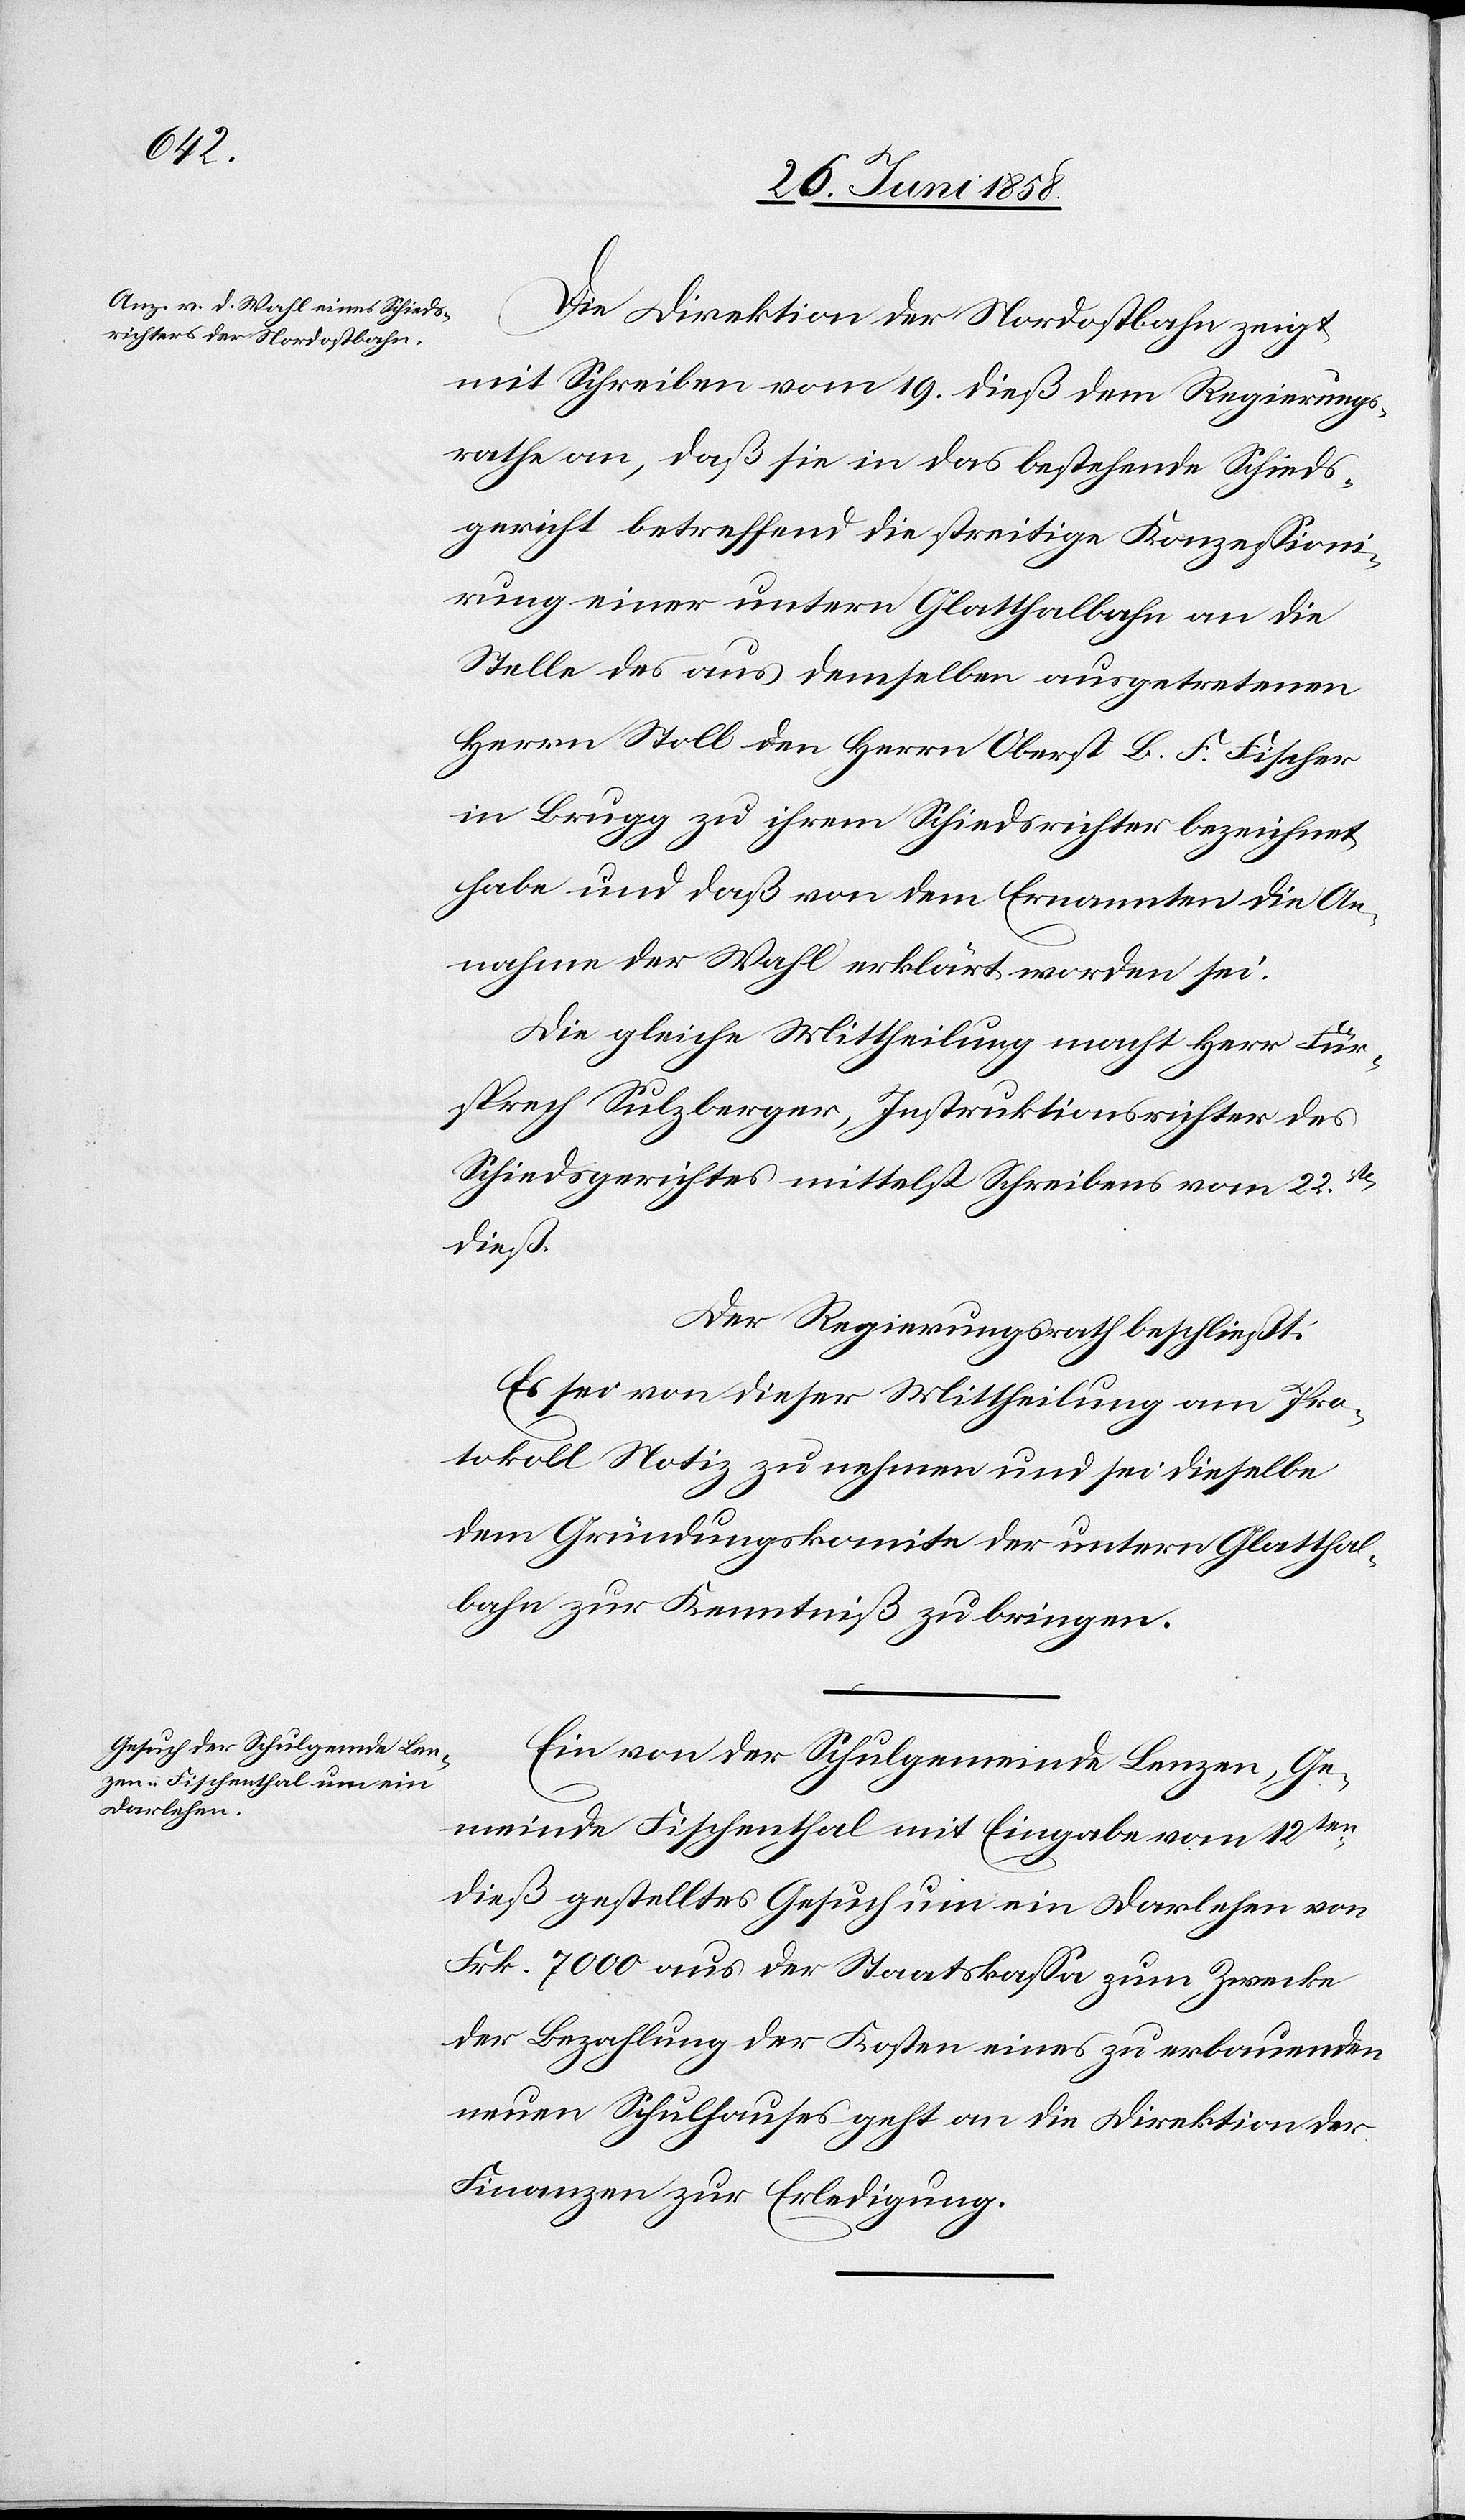
Die Direktion der Nordostbahn zeigt
mit Schreiben vom 19. dieß dem Regierungs¬
rathe an, daß sie in das bestehende Schieds¬
gericht betreffend die streitige Konzessioni¬
rung einer untern Glatthalbahn an die
Stelle des aus demselben ausgetretenen
Herrn Stoll den Herrn Oberst B. F. Fischer
in Brugg zu ihrem Schiedsrichter bezeichnet
habe und daß von dem Ernannten die An¬
nahme der Wahl erklärt worden sei.
Die gleiche Mittheilung macht Herr Für¬
sprech Sulzberger, Instruktionsrichter des
Schiedsgerichtes mittelst Schreibens vom 22t[en]
dieß.
Der Regierungsrath beschließt:
Es sei von dieser Mittheilung am Pro¬
tokoll Notiz zu nehmen und sei dieselbe
dem Gründungskomite der untern Glatthal¬
bahn zur Kenntniß zu bringen.
Ein von der Schulgemeinde Lenzen, Ge¬
meinde Fischenthal mit Eingabe vom 12ten
dieß gestelltes Gesuch um ein Darlehen von
Frk. 7000 aus der Staatskassa zum Zwecke
der Bezahlung der Kosten eines zu erbauenden
neuen Schulhauses geht an die Direktion der
Finanzen zur Erledigung.